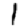
Digit: 1